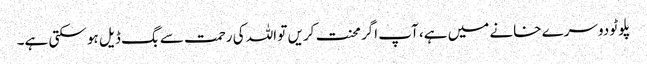
پلوٹو دوسرے خانے میں ہے، آپ اگر محنت کریں تو اللہ کی رحمت سے بگ ڈیل ہو سکتی ہے۔